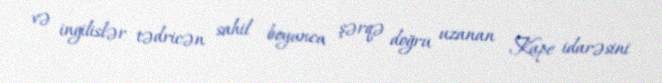
və ingilislər tədricən sahil boyunca şərqə doğru uzanan Kape idarəsini